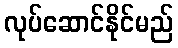
လုပ်ဆောင်နိုင်မည်